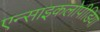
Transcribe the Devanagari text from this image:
एन्साइकलोपीडिया